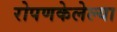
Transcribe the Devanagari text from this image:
रोपणकेलेल्या